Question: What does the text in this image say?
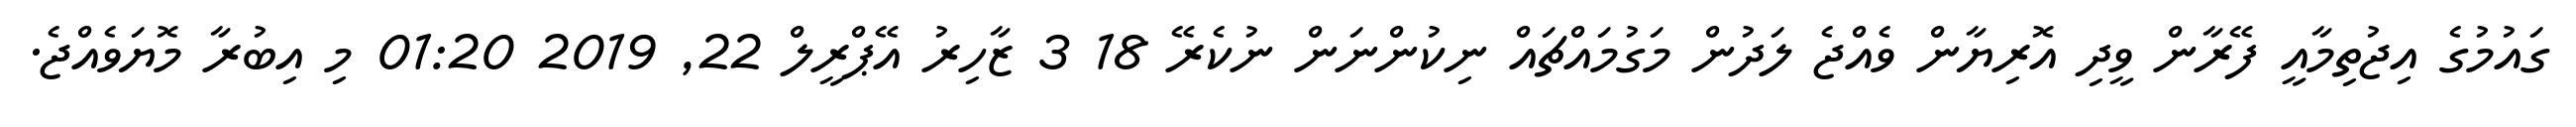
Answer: ގައުމުގެ އިޖުތިމާއީ ފޭރާން ވީދި އޮރިޔާން ވެއްޖެ ލަދުން މަގުމައްޗައް ނިކުންނަން ނުކެރޭ 18 3 ޒާހިރު އޭޕްރީލް 22, 2019 01:20 މި އިބުރާ މޮޔަވެއްޖެ.